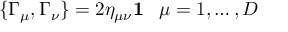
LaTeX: \{ \Gamma _ { \mu } , \Gamma _ { \nu } \} = 2 \eta _ { \mu \nu } { \bf 1 } \; \; \; \mu = 1 , \ldots , D